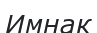
Имнак